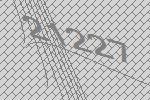
21227